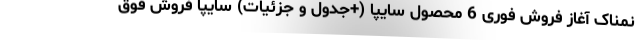
نمناک آغاز فروش فوری 6 محصول سایپا (+جدول و جزئیات) سایپا فروش فوق